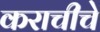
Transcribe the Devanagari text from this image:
कराचीचे